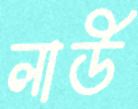
লাউ